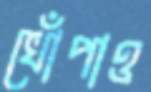
খোঁপাও